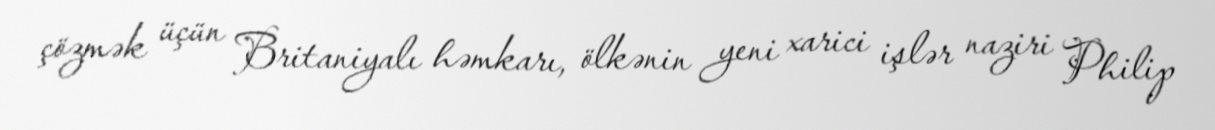
çözmək üçün Britaniyalı həmkarı, ölkənin yeni xarici işlər naziri Philip